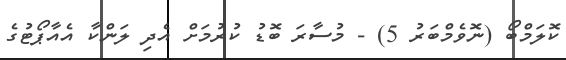
ކޮލަމްބޯ (ނޮވެމްބަރު 5) - މުސާރަ ބޮޑު ކުރުމަށް އެދި ލަންކާ އެއާޕޯޓުގެ